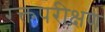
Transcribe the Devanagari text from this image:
रक्तपरीक्षण